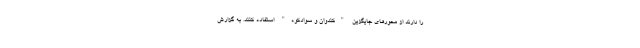
را دارند از محورهای جایگزین "کندوان و سوادکوه" استفاده کنند. به گزارش